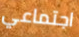
اجتماعي